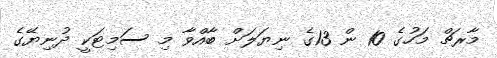
މާރޗް މަހުގެ 10 ން 13ގެ ނިޔަލަށް ބާއްވާ މި ސަމިޓަކީ ދުނިޔޭގެ